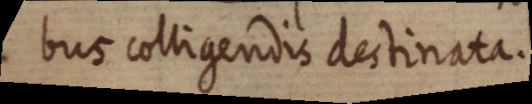
bus colligendis destinata.